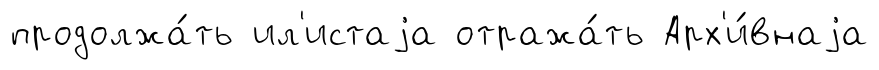
продолжа́ть ил'истаjа отража́ть Арх'и́внаjа